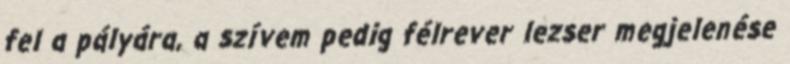
fel a pályára, a szívem pedig félrever lezser megjelenése